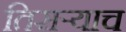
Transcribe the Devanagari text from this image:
तिसर्‍याच